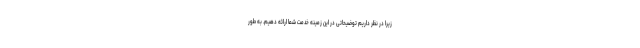
زیرا در نظر داریم توضیحاتی در این زمینه خدمت شما ارائه دهیم. به طور